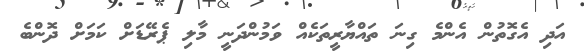
އަދި އެގޮތުން އެންމެ ގިނަ ތައްޔާރީތަކެއް ވަމުންދަނީ މާލި ޕެރޭޑަށް ކަމަށް ދޮންބެ